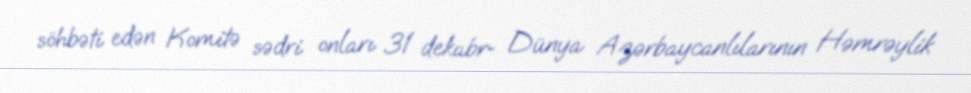
söhbəti edən Komitə sədri onları 31 dekabr- Dünya Azərbaycanlılarının Həmrəylik